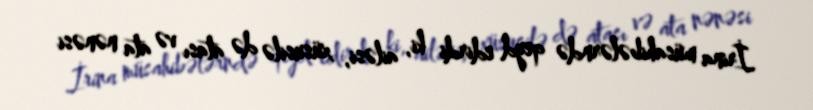
İrina müsahibələrndə qeyd edirdi ki, ailəsi, xüsusilə də atası və ata nənəsi